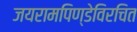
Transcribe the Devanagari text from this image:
जयरामपिण्डेविरचित